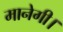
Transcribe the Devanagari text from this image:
मानेगी।